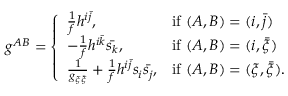
g ^ { A B } = \left\{ \begin{array} { l l } { \frac { 1 } { f } h ^ { i \bar { j } } , } & { \mathrm { i f } \ ( A , B ) = ( i , \bar { j } ) } \\ { - \frac { 1 } { f } h ^ { i \bar { k } } \bar { s _ { k } } , } & { \mathrm { i f } \ ( A , B ) = ( i , \bar { \xi } ) } \\ { \frac { 1 } { g _ { \xi \bar { \xi } } } + \frac { 1 } { f } h ^ { i \bar { j } } s _ { i } \bar { s _ { j } } , } & { \mathrm { i f } \ ( A , B ) = ( \xi , \bar { \xi } ) . } \end{array} \right.